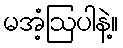
မအံ့ဩပါနဲ့။